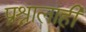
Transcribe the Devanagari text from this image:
प्रश्नालाही